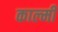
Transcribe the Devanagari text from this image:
काल्मी